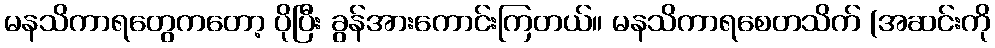
မနသိကာရတွေကတော့ ပိုပြီး ခွန်အားကောင်းကြတယ်။ မနသိကာရစေတသိက် (အဆင်းကို